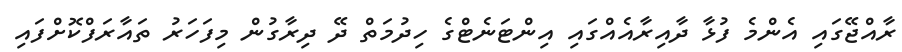
ރާއްޖޭގައި އެންމެ ފުޅާ ދާއިރާއެއްގައި އިންޓަނެޓްގެ ހިދުމަތް ދޭ ދިރާގުން މިފަހަރު ތައާރަފްކޮށްފައި